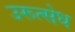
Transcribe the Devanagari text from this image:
उरूत्सेध